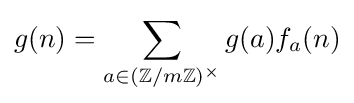
g(n)=\sum _{a\in (\mathbb {Z} /m\mathbb {Z} )^{\times }}g(a)f_{a}(n)